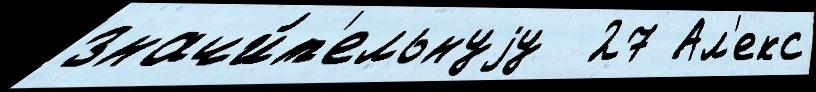
значи́т'ельнуjу  27 Ал'екс